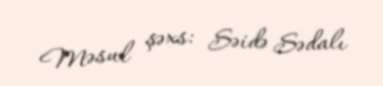
Məsul şəxs: Səidə Sədalı